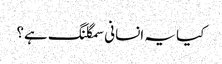
کیا یہ انسانی سمگلنگ ہے؟